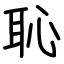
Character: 恥